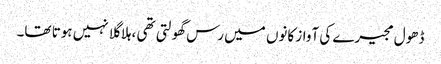
ڈھول مجیرے کی آواز کانوں میں رس گھولتی تھی ،ہلا گلا نہیں ہوتا تھا۔